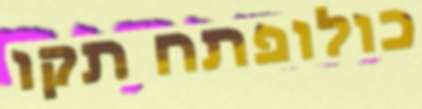
כולופתח תקו